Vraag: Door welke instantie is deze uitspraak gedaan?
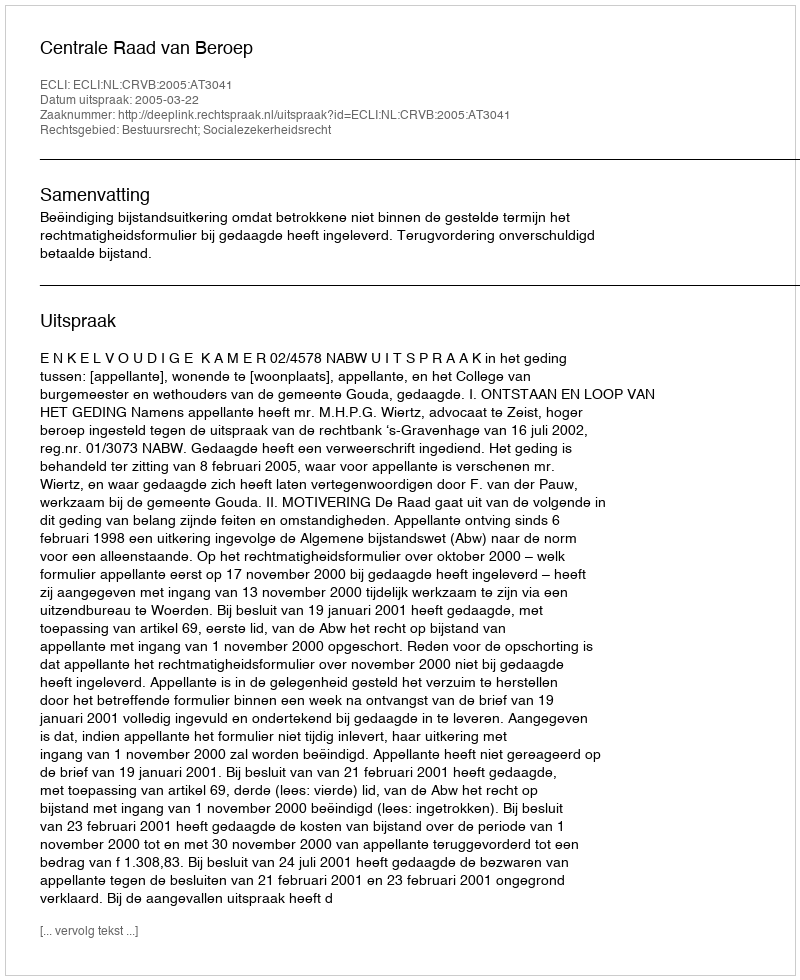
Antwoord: Centrale Raad van Beroep